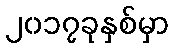
၂၀၁၇ခုနှစ်မှာ